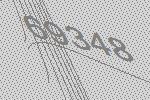
69348